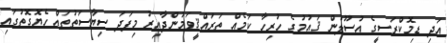
އަދި ޑިމޮކްރަސީގެ އުސޫލުން ޤައުމުގެ ހުރިހާ ކަމެއް ތަރައްޤީވަމުންދާއިރު މިފަދަ ސިޔާސަތުތައް ހެޔޮގޮތުގައި